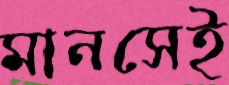
মানসেই